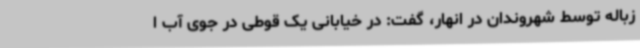
زباله توسط شهروندان در انهار، گفت: در خیابانی یک قوطی در جوی آب ا